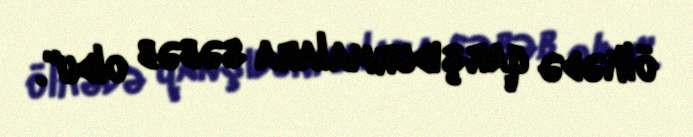
ölkədə qarşıdurmalara səbəb oldu".